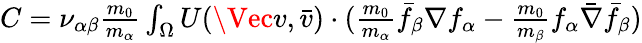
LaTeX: \begin{array}{r}{C=\nu_{\alpha\beta}\frac{m_{0}}{m_{\alpha}}\int_{\Omega}U(\Vec{v},\bar{v})\cdot(\frac{m_{0}}{m_{\alpha}}\bar{f}_{\beta}\nabla f_{\alpha}-\frac{m_{0}}{m_{\beta}}f_{\alpha}\bar{\nabla}\bar{f}_{\beta})}\end{array}